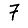
Digit: 7